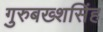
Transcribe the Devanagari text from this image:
गुरुबख्शसिंह